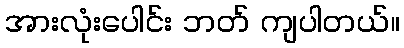
အားလုံးပေါင်း ဘတ် ကျပါတယ်။